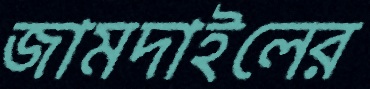
জামদাইলের